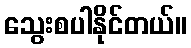
သွေးစပါနိုင်တယ်။